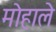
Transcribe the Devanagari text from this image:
मोहाले